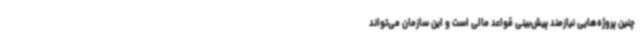
چنین پروژه‌هایی نیازمند پیش‌بینی قواعد مالی است و این سازمان می‌تواند